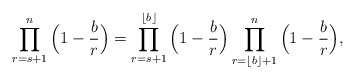
\begin{align*}\prod_{r=s+1}^{n}\Big(1-\frac{b}{r}\Big)= \prod_{r=s+1}^ {\lfloor{b}\rfloor}\Big(1-\frac{b}{r}\Big)\prod_{r=\lfloor{b}\rfloor+1}^{n}\Big(1-\frac{b}{r}\Big),\end{align*}